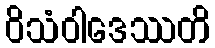
ဝိသံဝါဒေဿတိ